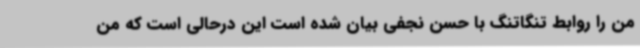
من را روابط تنگاتنگ با حسن نجفی بیان شده است این درحالی است که من